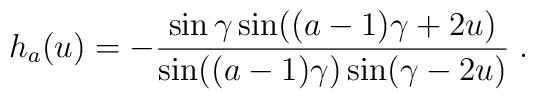
h_a(u)=-\frac{\sin\gamma\sin((a-1)\gamma+2u)}{\sin((a-1)\gamma)\sin(\gamma-2u)}\;.